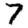
Digit: 7